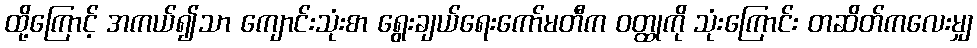
ထို့ကြောင့် အကယ်၍သာ ကျောင်းသုံးစာ ရွေးချယ်ရေးကော်မတီက ဝတ္ထုကို သုံးကြောင်း တဆိတ်ကလေးမျှ